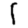
Digit: 1